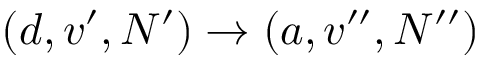
( d , v ^ { \prime } , N ^ { \prime } ) \rightarrow ( a , v ^ { \prime \prime } , N ^ { \prime \prime } )